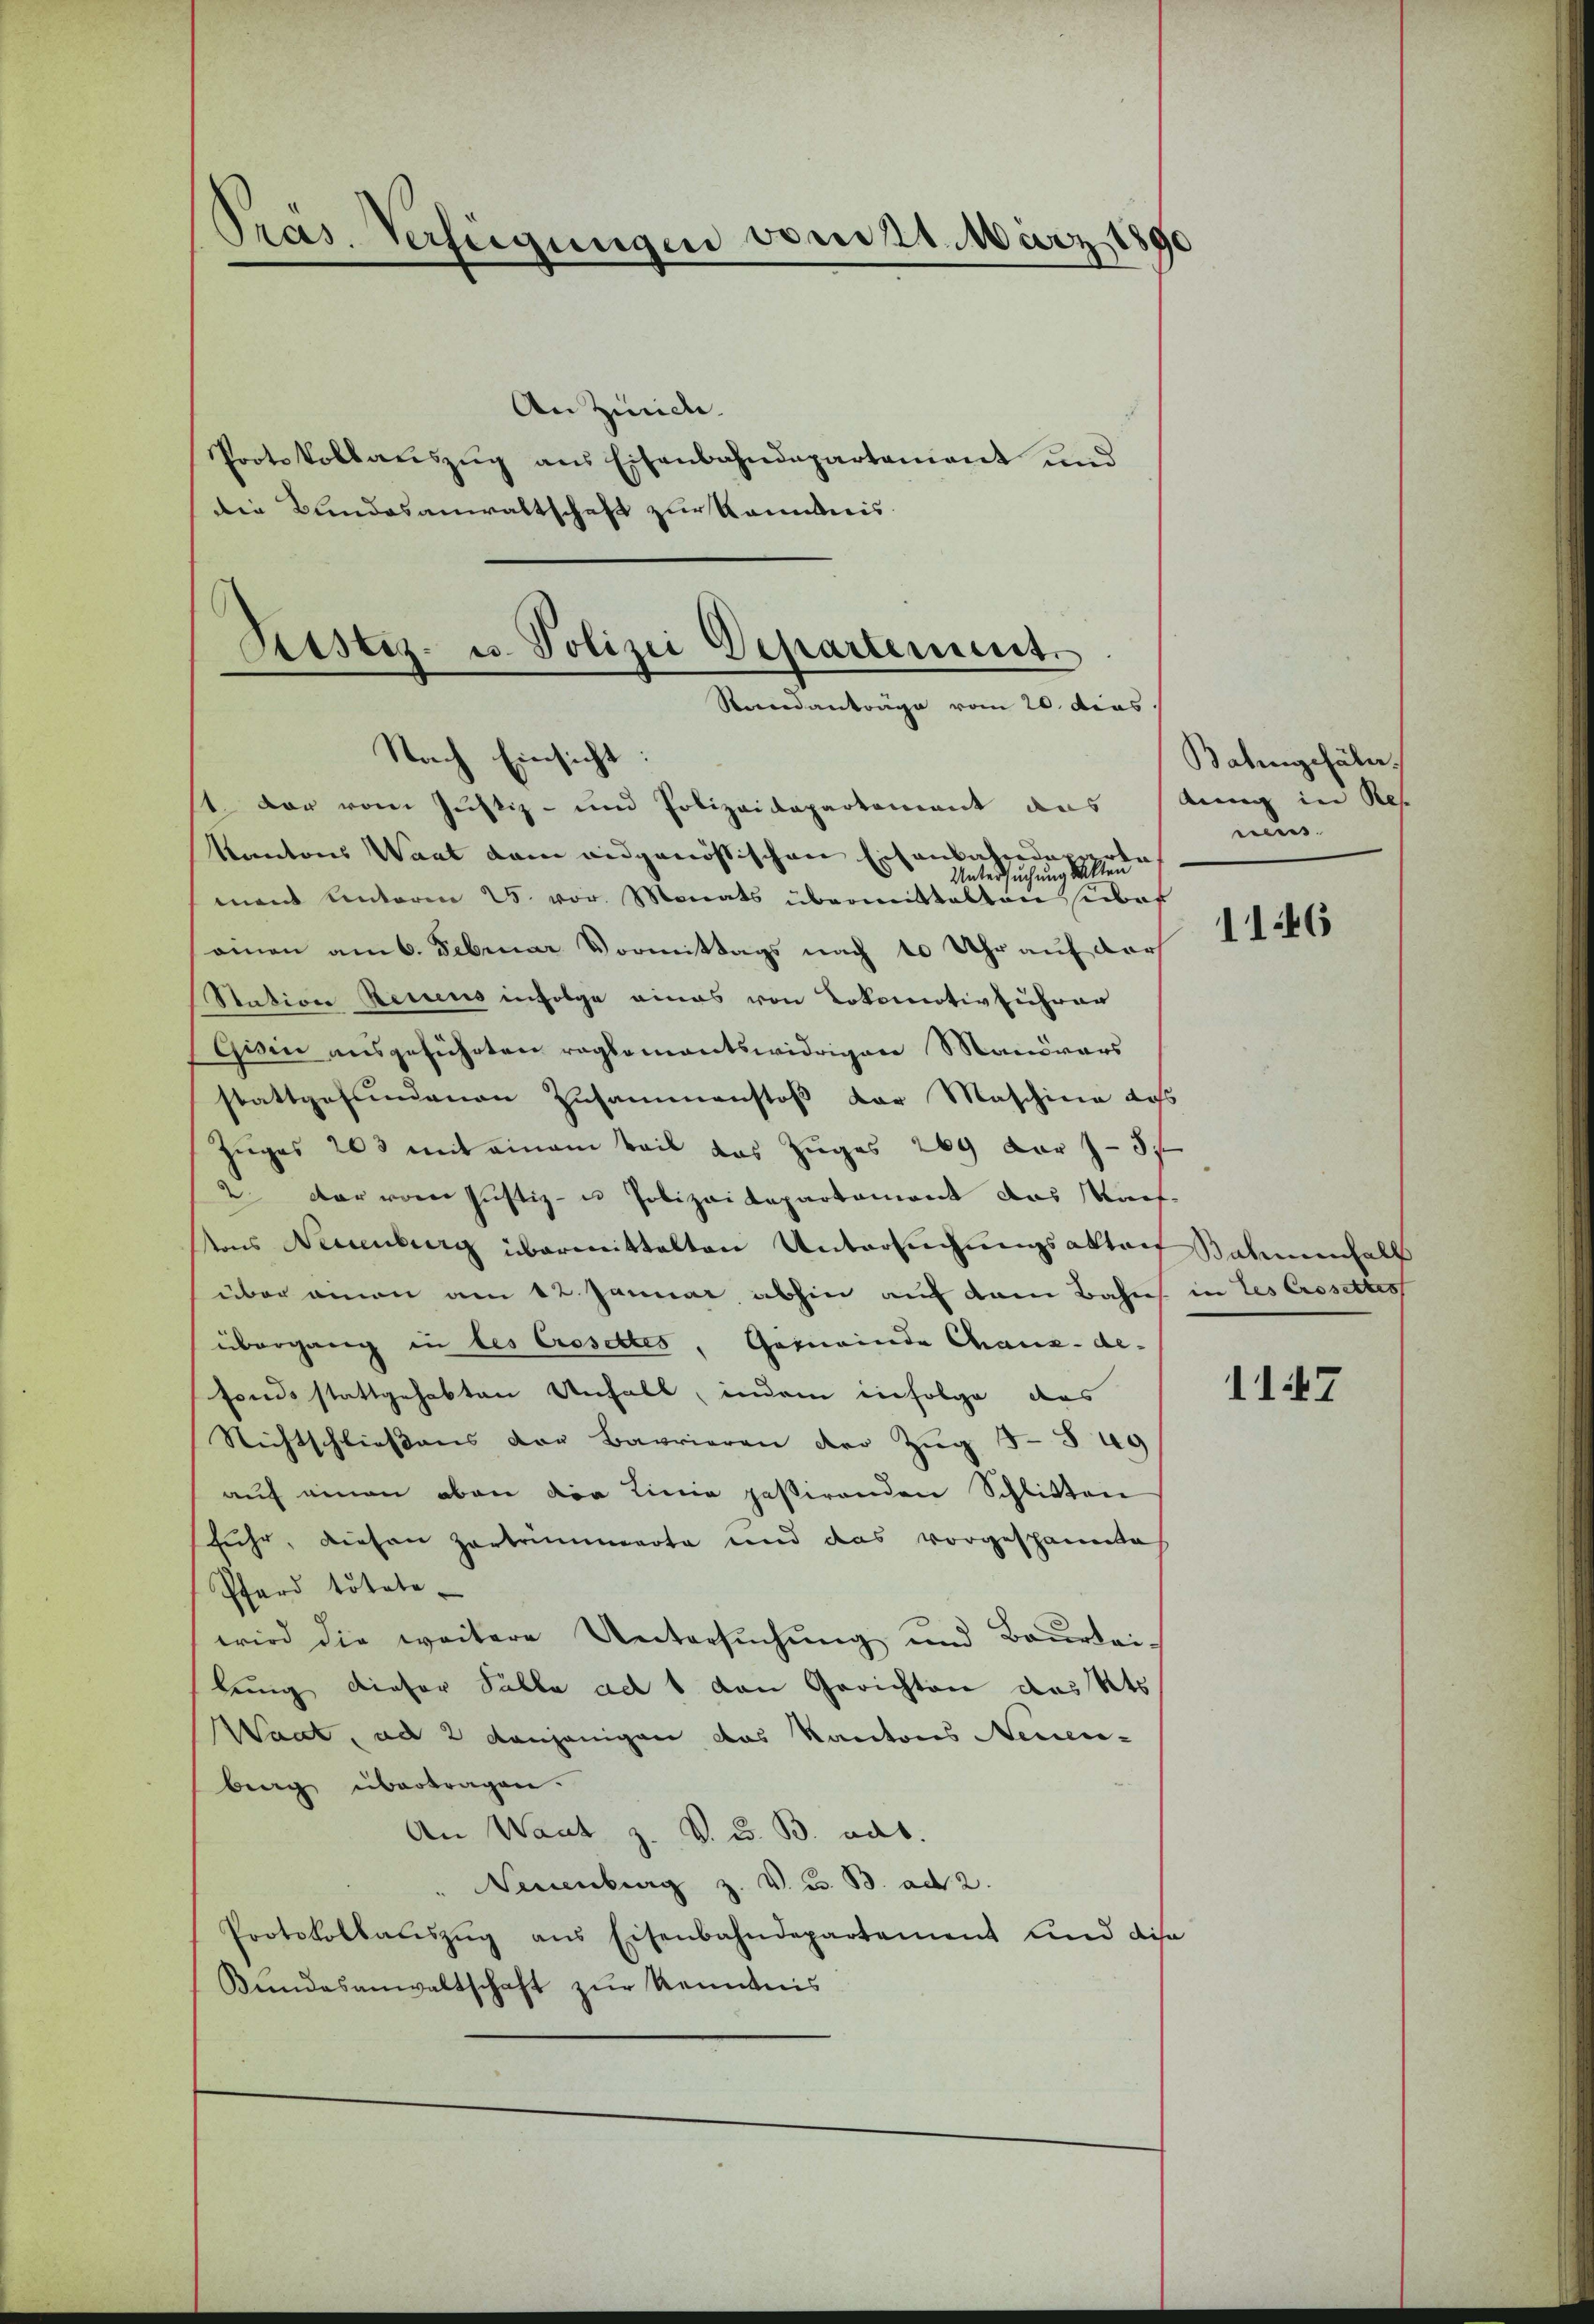
Präs. Verfügungen vom 21. März 1890
An Zinice.
Protokollauszug aus Eisenbahndepartement und
die Kundesanwaltschaft zur Kenntnis.

1. Der vom Justiz- und Polizeidepartement aus
Kantons Waat dem eidgenössischen Eisenbahndere
Untersuchung allen
mand unterm 25. vor. Monats übermittelten sof
einen am 6. Februar Vormittags nach 10 Uhr auf der
Nation Recens infolge eines von Lokomotiv ziehran
Gisin ausgeführten reglementswidrigen Mandars
stattgefundenen Zusammenstoß der Maschine dass
Zuges 203 mit einem Teil das Zuges 269 der - 3.
2 dar vom Justiz- u Polizeidepartement das Kauf-
ons Neuenburg übermittelten Untersuchungsakten Rahmenfall
über einen am 12. Januar, abhin auf dem Bahns in Les Crosettes
übergang in des Crosettes, Gemeinde Chaux-de-
fonds stattgehabten Unfall, indem infolge das
Nichtschliessens der Barrieren der Zug 3 § 49
auf einen oben der Linie paßirenden Schlitten
fuhr, diesen Zertrümmerte und das vorgespannte
Pferd tötete,
wird die weitere Untersuchung und Beurtei-
lung dieser Salle ad 1 den Gerichten des Kts.
Maat, ad 2 denjenigen das Kantons Neuen-
berg übertragen.
An Want z. V. u. B. dat.
" Neuenburg z. V. u. B. ad 2.
Protokollaŭszŭg ans Eisenbahndepartement und diese
Bŭndesanwaltschaft zŭr Kenntnis

Sistiz- u. Polizei Departement.
Rerendanträge vom 20. dies
Nach Einsicht

Batingefäl
dung in Res.
rees

1146

1147